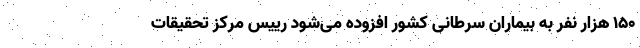
۱۵۰ هزار نفر به بیماران سرطانی کشور افزوده می‌شود رییس مرکز تحقیقات